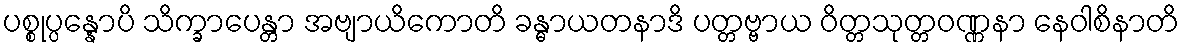
ပစ္စုပ္ပန္နောပိ သိက္ခာပေန္တာ အဗျာယိကောတိ ခန္ဓာယတနာဒိ ပတ္တဗ္ဗာယ ဝိတ္တသုတ္တဝဏ္ဏနာ နေဝါစိနာတိ